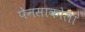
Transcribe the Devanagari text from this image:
पेनसाकोला